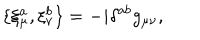
LaTeX: \{ \xi _ { \mu } ^ { a } , \xi _ { \nu } ^ { b } \} = - i \delta ^ { a b } g _ { \mu \nu } ,